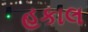
હકાલ